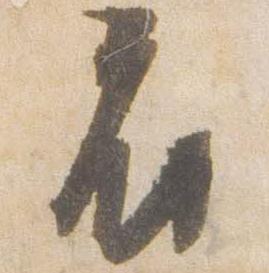
府